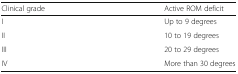
<table><thead><tr><td><b>Clinical grade</b></td><td><b>Active ROM deficit</b></td></tr></thead><tbody><tr><td>I</td><td>Up to 9 degrees</td></tr><tr><td>II</td><td>10 to 19 degrees</td></tr><tr><td>III</td><td>20 to 29 degrees</td></tr><tr><td>IV</td><td>More than 30 degrees</td></tr></tbody></table>